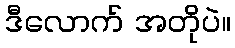
ဒီလောက် အတိုပဲ။